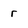
Character: r